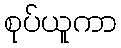
စုပ်ယူကာ